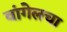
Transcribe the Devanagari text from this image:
वांगेलचा